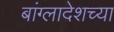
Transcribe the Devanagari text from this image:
बांग्लादेशच्या